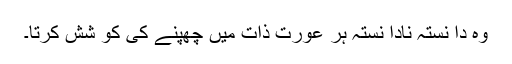
وہ دا نستہ نادا نستہ ہر عورت ذات میں چھپنے کی کو شش کرتا۔